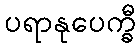
ပရာနုပေက္ခီ